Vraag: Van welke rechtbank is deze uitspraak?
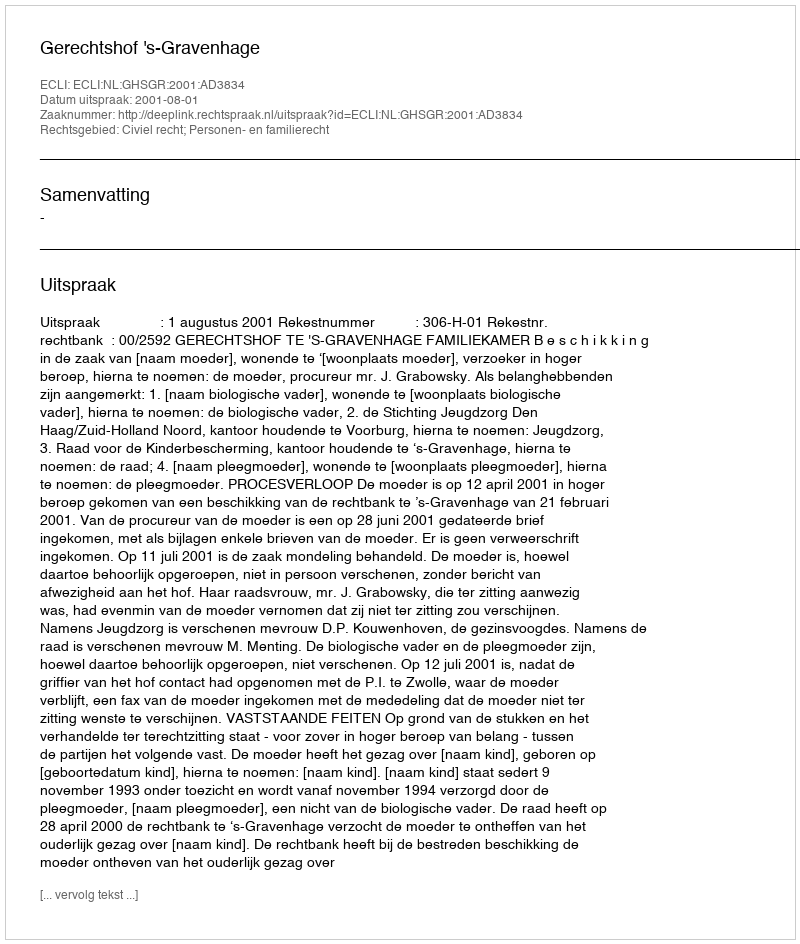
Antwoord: Gerechtshof 's-Gravenhage